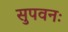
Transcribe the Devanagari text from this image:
सुपवनः